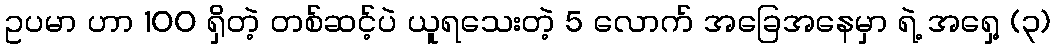
ဥပမာ ဟာ 100 ရှိတဲ့ တစ်ဆင့်ပဲ ယူရသေးတဲ့ 5 လောက် အခြေအနေမှာ ရဲ့ အရှေ့ (၃)